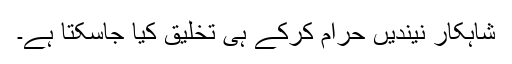
شاہکار نیندیں حرام کرکے ہی تخلیق کیا جاسکتا ہے۔